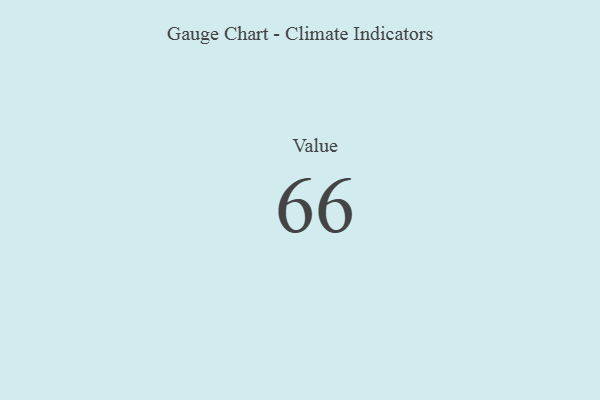
{"axis": {"x": "Metric", "y": "Value"}, "legend": [""], "data": [{"x": "Value", "y": 66, "type": ""}]}